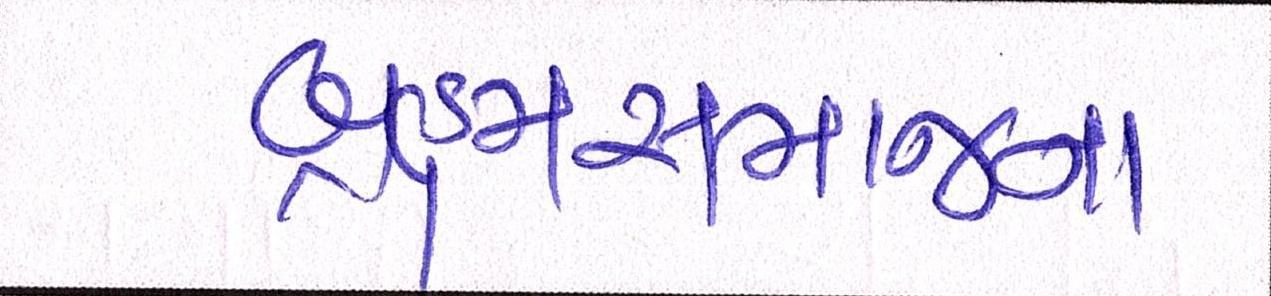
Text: બ્રહ્મસમાજના